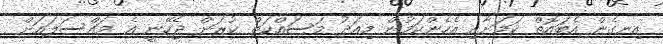
އިނގެން އެބައޮތް ކަމަށާއި އެހެންކަމުން މިއަދު މަސައްކަތް ކުރަން ޖެހޭނީ އެ މައްސަލައަށް